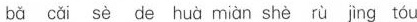
bǎ cǎi sè de huà miàn shè rù jìng tóu